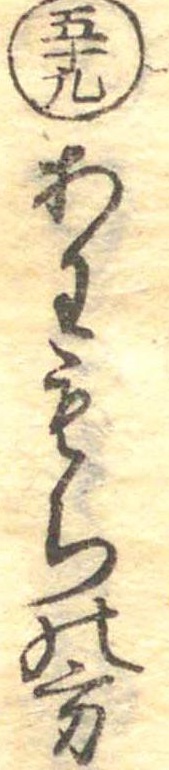
五十九あわもちの方